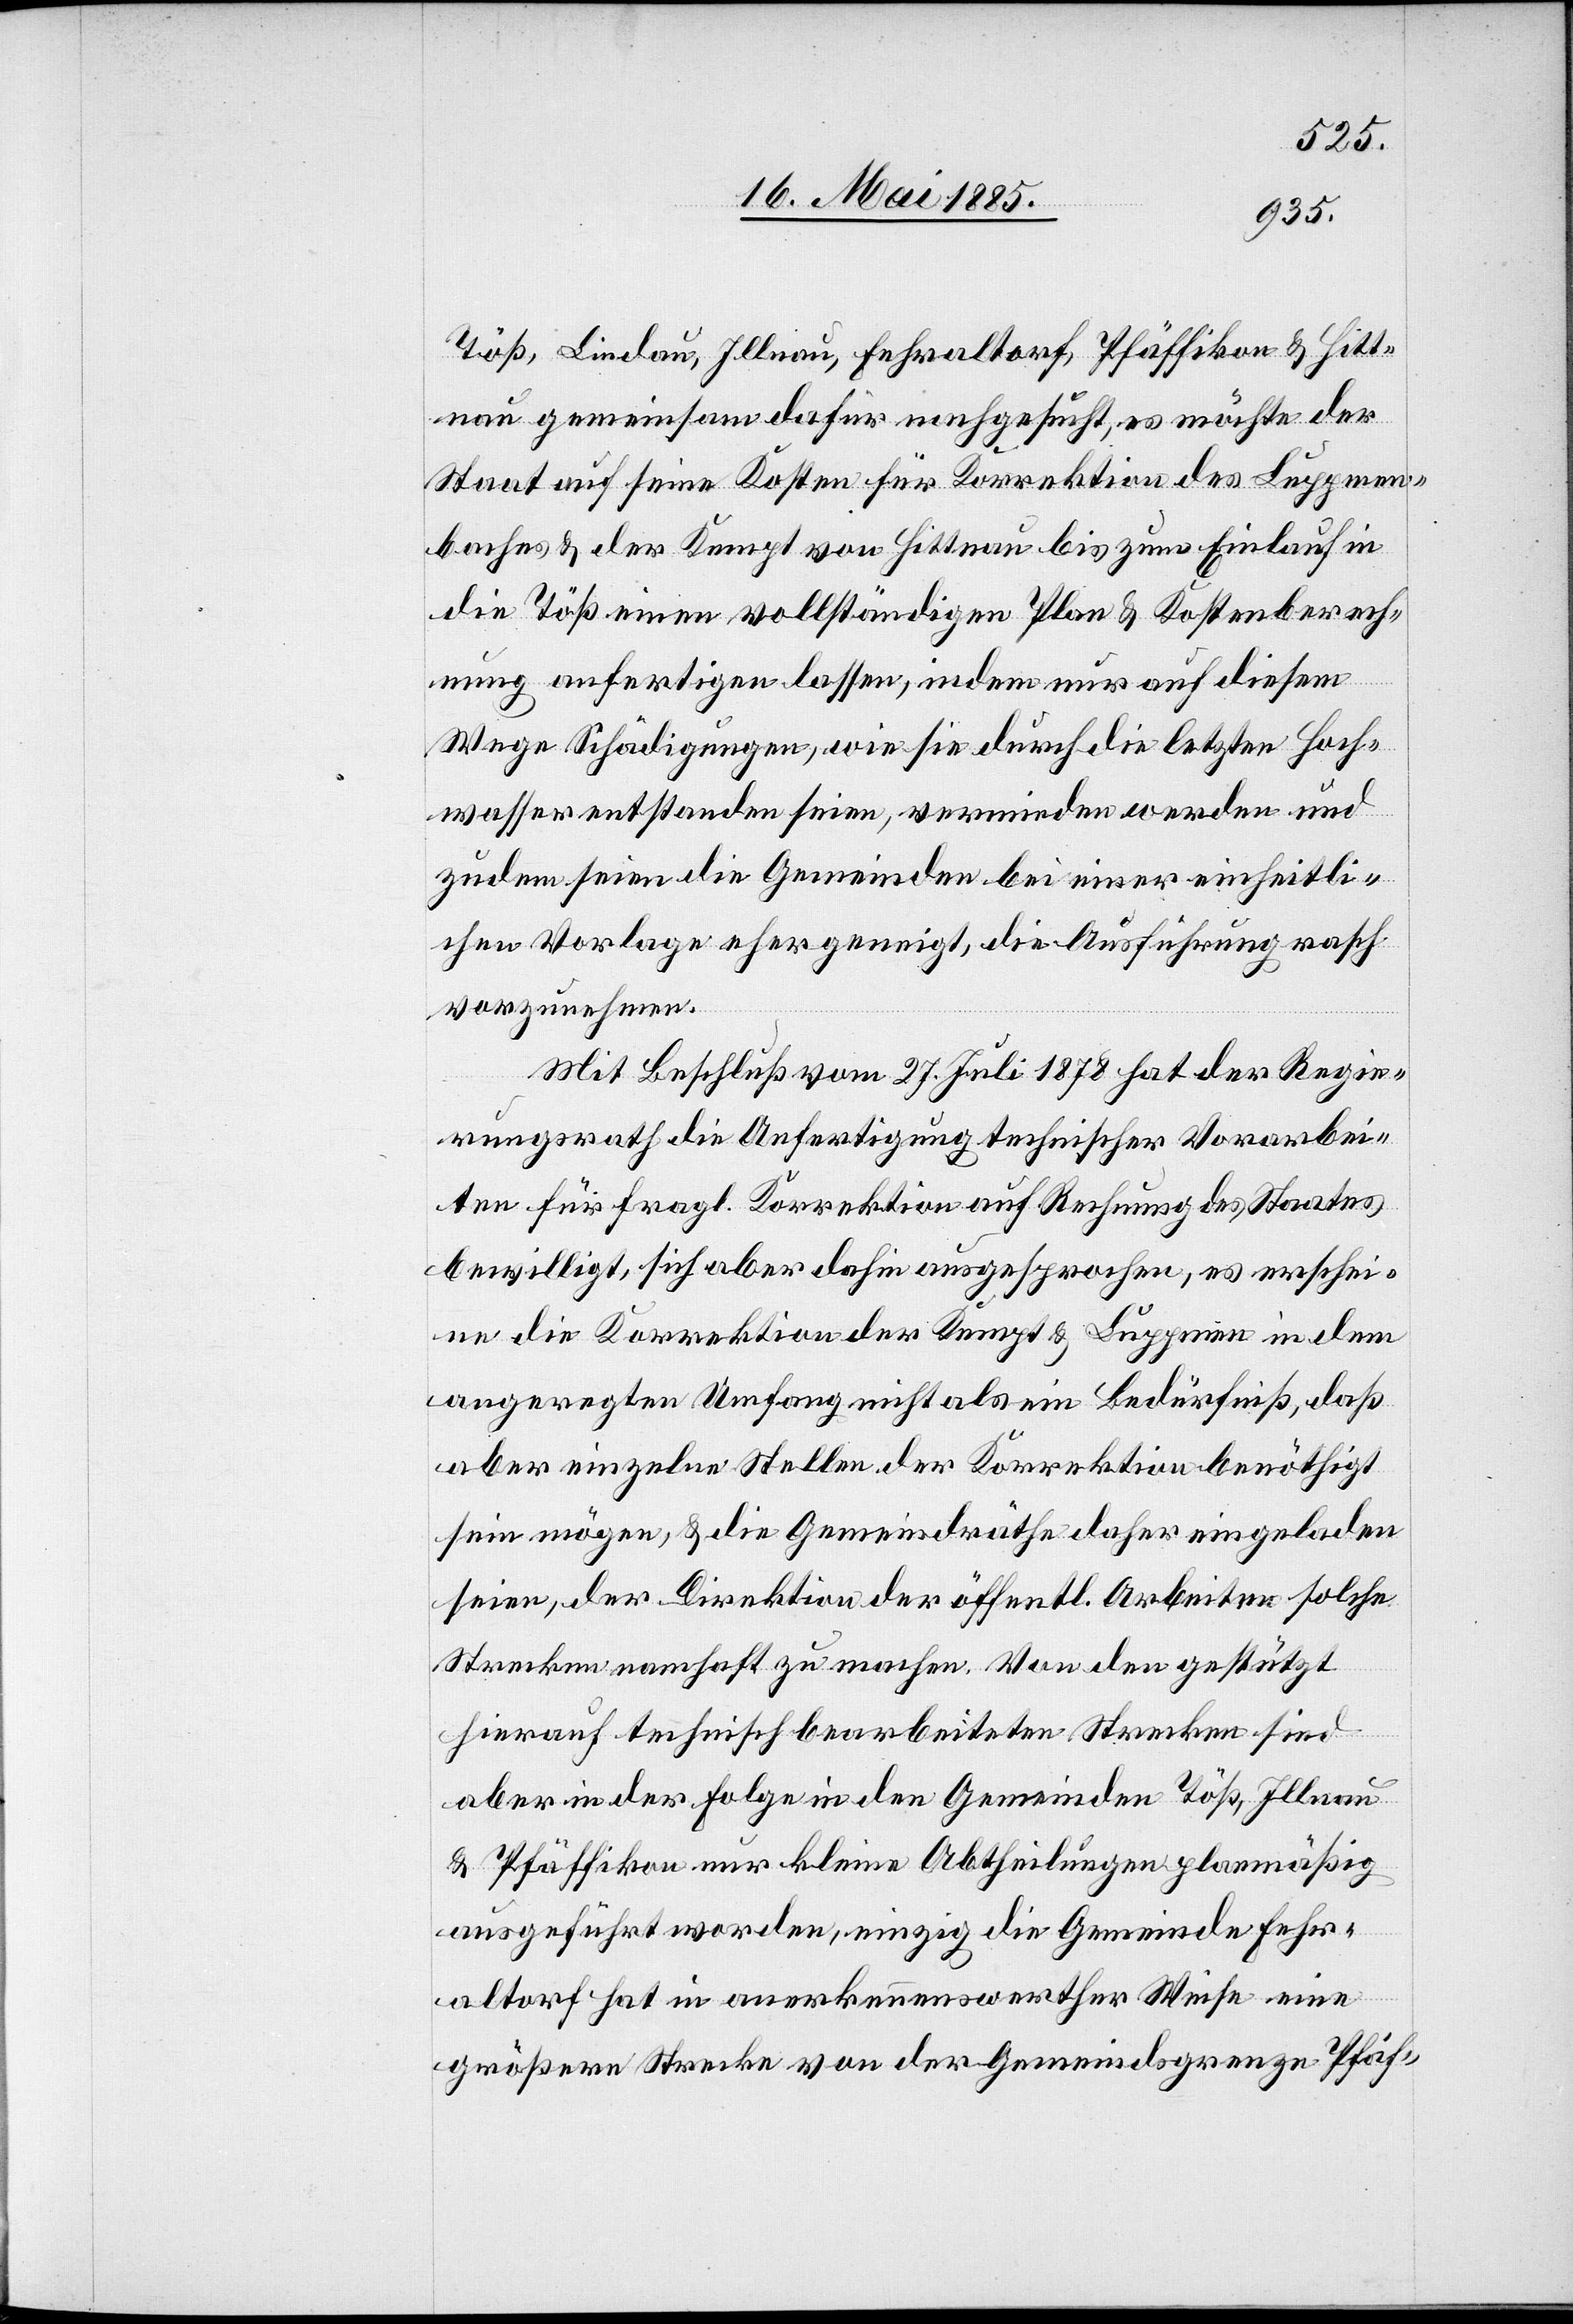
Töß, Lindau, Illnau, Fehraltorf, Pfäffikon & Hitt¬
nau gemeinsam dafür nachgesucht, es möchte der
Staat auf seine Kosten für Korrektion des Luppmen¬
baches & der Kempt von Hittnau bis zum Einlauf in
die Töß einen vollständigen Plan & Kostenberech¬
Hoch¬
wasser entstanden seien, vermieden werden und
zudem seien die Gemeinden bei einer einheitli¬
chen Vorlage eher geneigt, die Ausführung rasch
vorzunehmen.
die
Mit Beschluß vom 27. Juli 1878 hat der Regie¬
rungsrath die Anfertigung technischer Vorarbei¬
ten für fragl. Korrektion auf Rechnung des Staates
bewilligt, sich aber dahin ausgesprochen, es erschei¬
ne die Korrektion der Kempt & Luppmen in dem
angeregten Umfang nicht als ein Bedürfniß, daß
aber einzelne Stellen der Korrektion benöthigt
sein mögen, & die Gemeindräthe daher eingeladen
seien, der Direktion der öffentl. Arbeiten solche
Strecken namhaft zu machen. Von den gestützt
hierauf technisch bearbeiteten Strecken sind
aber in der Folge in den Gemeinden Töß, Illnau
& Pfäffikon nur kleine Abtheilungen planmäßig
ausgeführt worden, einzig die Gemeinde Fehr¬
altorf hat in anerkennenswerther Weise eine
größere Strecke von der Gemeindsgrenze Pfäf-